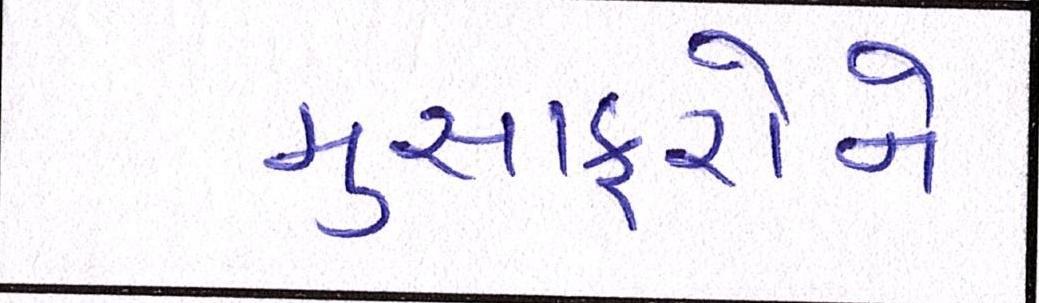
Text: મુસાફરોને